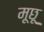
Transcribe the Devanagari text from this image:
मूछू